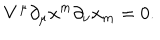
LaTeX: V ^ { \mu } \partial _ { \mu } x ^ { m } \partial _ { \nu } x _ { m } = 0 .